Source: Handwritten
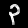
Digit: ၃ (3)